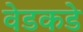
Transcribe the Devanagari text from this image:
वेडकडे